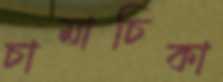
চামাচিকা